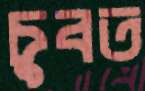
চুবত